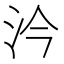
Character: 汵